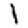
Digit: 1